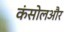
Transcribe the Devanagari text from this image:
कंसोलऔर